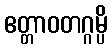
ဧတ္တာဝတဂ္ဂမ္ပိ